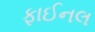
ફાઈનલ